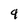
Character: 9